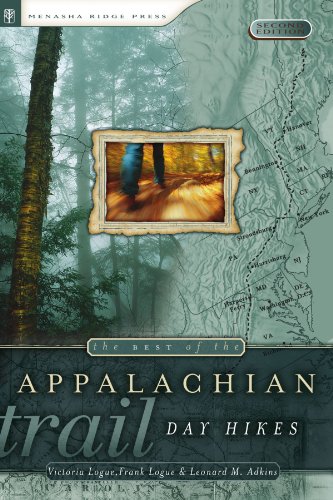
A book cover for The Best of the Appalachian Trail: Day Hikes; Victoria Logue; Travel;